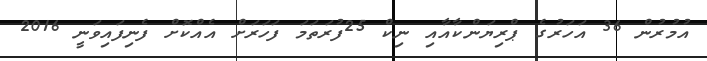
އުމުރުން 36 އަހަރުގެ ޕްރިޔަންކާއާއި ނިކް 25ފުރަތަމަ ފަހަރަށް އެއްކޮށް ފެނިފައިވަނީ 2016